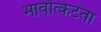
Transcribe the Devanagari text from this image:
भावोत्कटता